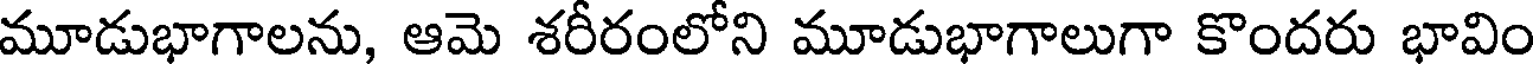
మూడుభాగాలను, ఆమె శరీరంలోని మూడుభాగాలుగా కొందరు భావిం